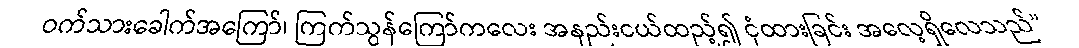
ဝက်သားခေါက်အကြော်၊ ကြက်သွန်ကြော်ကလေး အနည်းငယ်ထည့်၍ ငုံထားခြင်း အလေ့ရှိလေသည်”